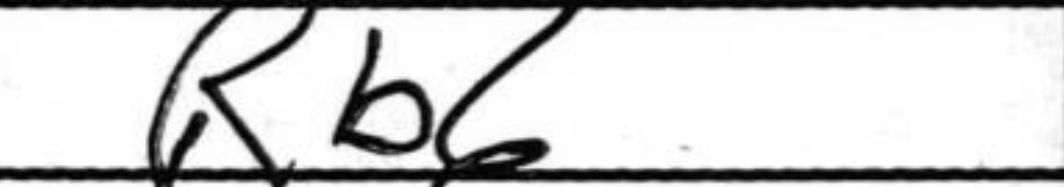
Transcription: Rb6